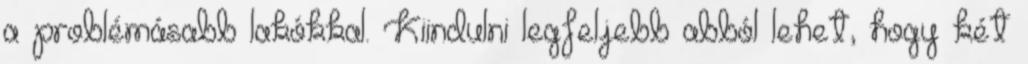
a problémásabb lakókkal. Kiindulni legfeljebb abból lehet, hogy két